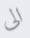
الى